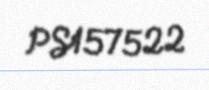
PS157522